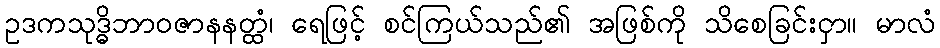
ဥဒကသုဒ္ဓိဘာဝဇာနနတ္ထံ၊ ရေဖြင့် စင်ကြယ်သည်၏ အဖြစ်ကို သိစေခြင်းငှာ။ မာလံ